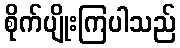
စိုက်ပျိုးကြပါသည်